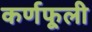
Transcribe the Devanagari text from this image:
कर्णफूली